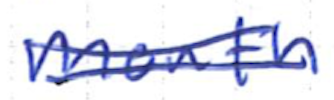
Text: mouth
Cross-out: double-line
Writing tool: ballpoint